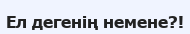
Ел дегенің немене?!